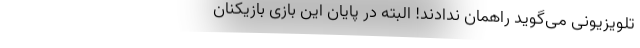
تلویزیونی می‌گوید راهمان ندادند! البته در پایان این بازی بازیکنان